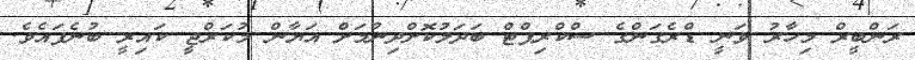
ރަންބީރް މިހާރު ވަނީ ޑްރެގަންގެ ސްކްރިޕްޓް ބަދަލުކޮށްދިނުމަށް އަޔާން މުކަރްޖީ ކައިރީ ބުނެފައެވެ.